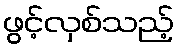
ဖွင့်လှစ်သည့်